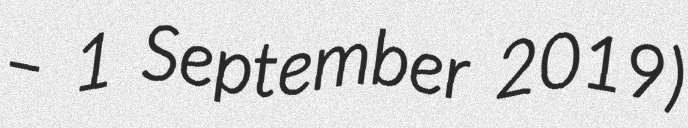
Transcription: – 1 September 2019)